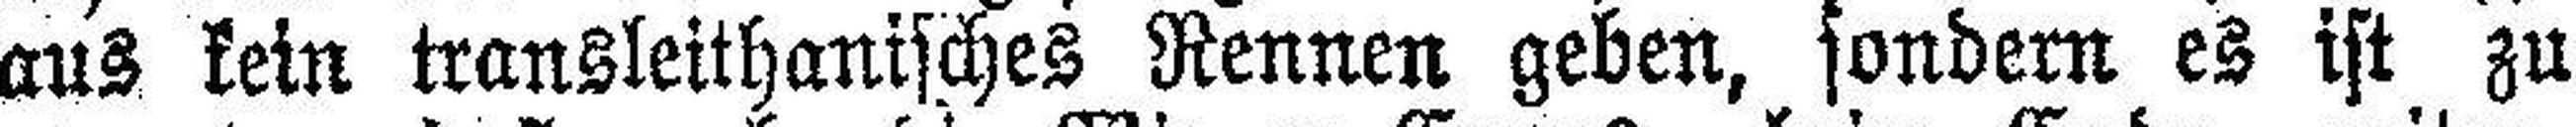
aus kein transleithanisches Rennen geben, sondern es ist zu